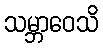
သမ္ဘာဝေသိ